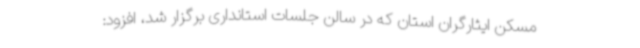
مسکن ایثارگران استان که در سالن جلسات استانداری برگزار شد، افزود: